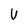
Character: V